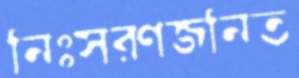
নিঃসরণজনিত